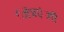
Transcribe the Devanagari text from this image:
मित्रप्रेमी